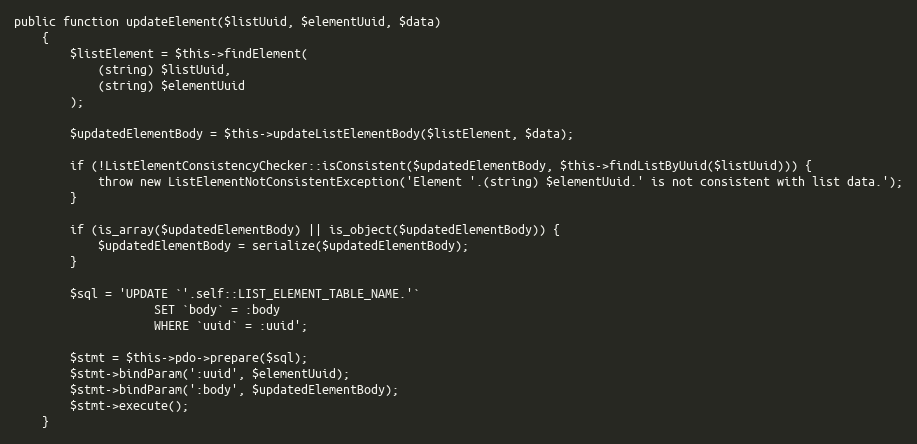
Language: PHP
public function updateElement($listUuid, $elementUuid, $data)
    {
        $listElement = $this->findElement(
            (string) $listUuid,
            (string) $elementUuid
        );

        $updatedElementBody = $this->updateListElementBody($listElement, $data);

        if (!ListElementConsistencyChecker::isConsistent($updatedElementBody, $this->findListByUuid($listUuid))) {
            throw new ListElementNotConsistentException('Element '.(string) $elementUuid.' is not consistent with list data.');
        }

        if (is_array($updatedElementBody) || is_object($updatedElementBody)) {
            $updatedElementBody = serialize($updatedElementBody);
        }

        $sql = 'UPDATE `'.self::LIST_ELEMENT_TABLE_NAME.'`
                    SET `body` = :body
                    WHERE `uuid` = :uuid';

        $stmt = $this->pdo->prepare($sql);
        $stmt->bindParam(':uuid', $elementUuid);
        $stmt->bindParam(':body', $updatedElementBody);
        $stmt->execute();
    }